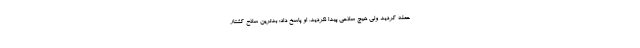
حمله کردید ولی هیچ سلاحی پیدا نکردید. او پاسخ داد: بدترین سلاح کشتار